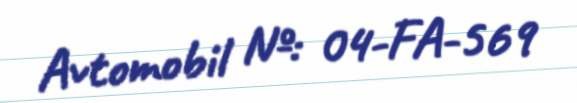
Avtomobil №: 04-FA-569